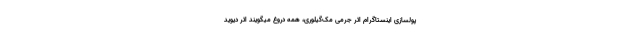
پولسازی اینستاگرام اثر جِرِمی مک‌گیلورِی، همه دروغ میگویند اثر دیوید